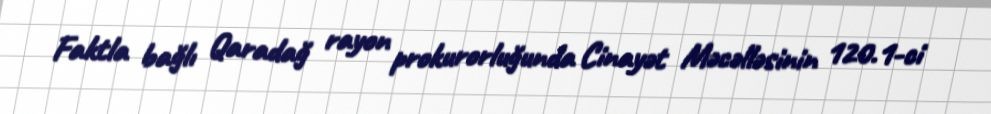
Faktla bağlı Qaradağ rayon prokurorluğunda Cinayət Məcəlləsinin 120.1-ci